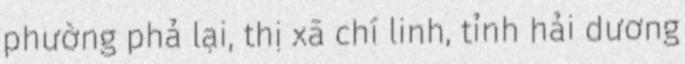
phường phả lại, thị xã chí linh, tỉnh hải dương